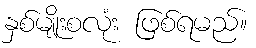
နှစ်မျိုးစလုံး ဖြစ်ရမည်။